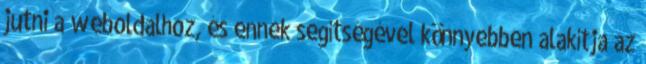
jutni a weboldalhoz, és ennek segítségével könnyebben alakítja az